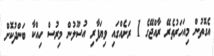
އެގޮތުން މިއަހަރުތެރޭ ރާއްޖޭގެ 1 ރަށެއްގައި ވިޔަފާރި އުސޫލުން މިރުސް ހިއްކާ ބަންދުކޮށް